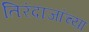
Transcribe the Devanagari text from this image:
तिरंदाजांच्या